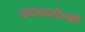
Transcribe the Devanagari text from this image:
जपानकडीलही